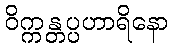
ဝိက္ကန္တပ္ပဟာရိနော